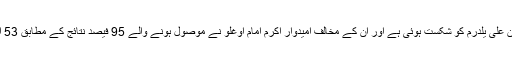
اطلاعات کے مطابق ابتدائی نتائمج میں بن علی یلدرم کو شکست ہوئی ہے اور ان کے مخالف امیدوار اکرم امام اوغلو نے موصول ہونے والے 95 فیصد نتائج کے مطابق 53 اعشاریہ 69 فیصد ووٹ حاصل کیے ہیں۔